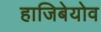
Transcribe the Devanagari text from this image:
हाजिबेयोव